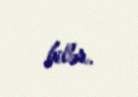
bilər.